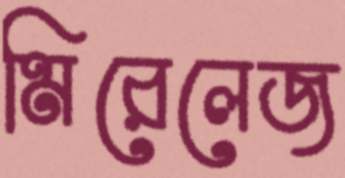
মিরেলেজ